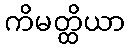
ကိမတ္ထိယာ